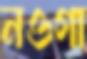
নওগা